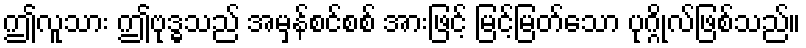
ဤလူသား ဤဗုဒ္ဓသည် အမှန်စင်စစ် အားဖြင့် မြင့်မြတ်သော ပုဂ္ဂိုလ်ဖြစ်သည်။